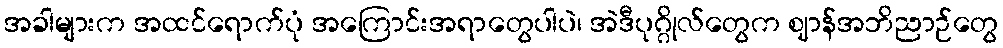
အခါများက အထင်ရောက်ပုံ အကြောင်းအရာတွေပါပဲ၊ အဲဒီပုဂ္ဂိုလ်တွေက ဈာန်အဘိညာဉ်တွေ